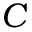
C